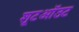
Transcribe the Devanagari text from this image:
शूटऑउट